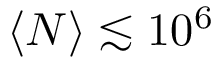
\langle N \rangle \lesssim 1 0 ^ { 6 }